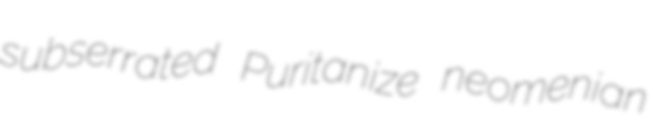
subserrated Puritanize neomenian